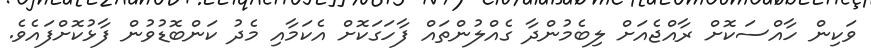
ވަކިން ހާއްސަކޮށް ރާއްޖެއަށް ލިބެމުންދާ ގެއްލުންތައް ފާހަގަކޮށް އެކަމާއި މެދު ކަންބޮޑުވުން ފާޅުކޮށްފައެވެ.